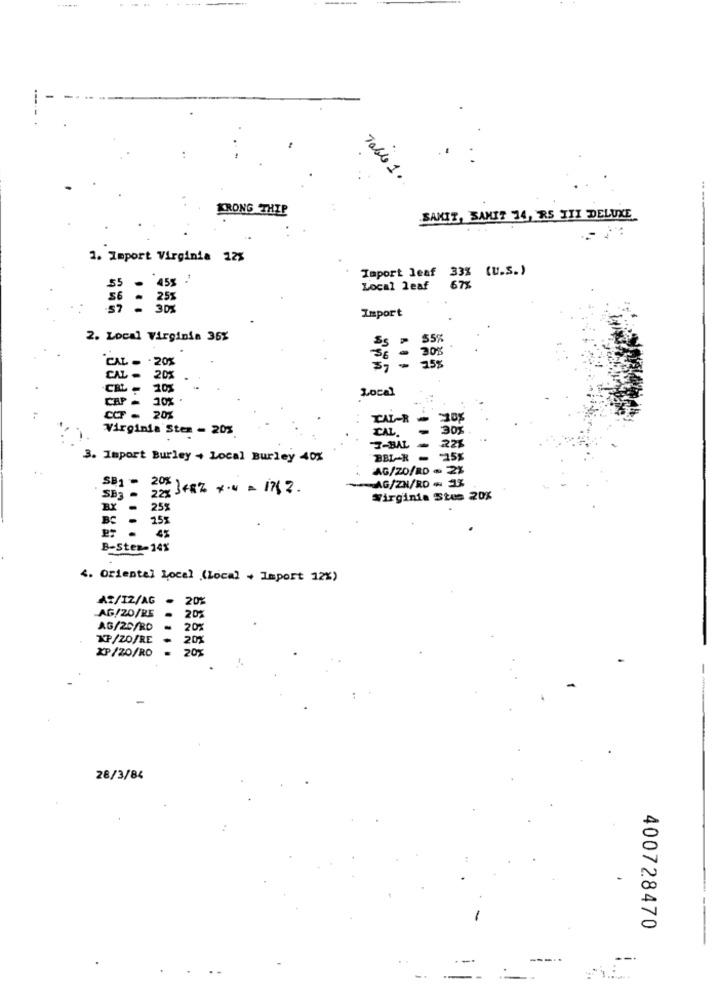
Table 1.
KRONG THEP
SANIT, SANIT 74, RS TII DELUXE
1. Import Virginia 12%
Import leaf 33% (u.S.)
55
45% .
Local leaf
677
56
25%
30%
Import
2. Local Virginia 36%
$5%
30%
CAL - . 20%
36
25%
CAL - 20%
CEL - 10%
Local
CAP -
CCF - 20%
TAL-R
210%
Virginia Sten - 20%
CAL.
-
30%
221
3-BAL
3. Import Burley + Local Burley 40%
BBL-R-
AG/20/RD - 2%
SB1
-AG/ZN/RD - 13
201 }+8% x .= = 1762.
22% S
SB3
Wirginia Stes 20%
BX
25"
BC
-
25%
45
B-Sten-14%
4. Oriental Local (local + Import 12%)
AZ/12/AG -
20
-AG/20/BE
20%
AG/20/RO
20
XP/ZO/RE
20%
XP/20/RO
.....
20%
28/3/84
400728470